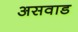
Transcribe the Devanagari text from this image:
असवाड